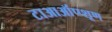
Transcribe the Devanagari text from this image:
टाआऑंप्प्शूण